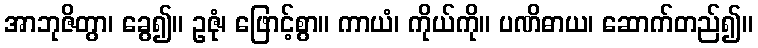
အာဘုဇိတွာ၊ ခွေ၍။ ဥဇုံ၊ ဖြောင့်စွာ။ ကာယံ၊ ကိုယ်ကို။ ပဏိဓာယ၊ ဆောက်တည်၍။